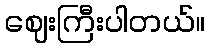
ဈေးကြီးပါတယ်။